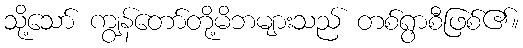
သို့သော် ကျွန်တော်တို့မိဘများသည် တစ်ရွာစီဖြစ်၏။